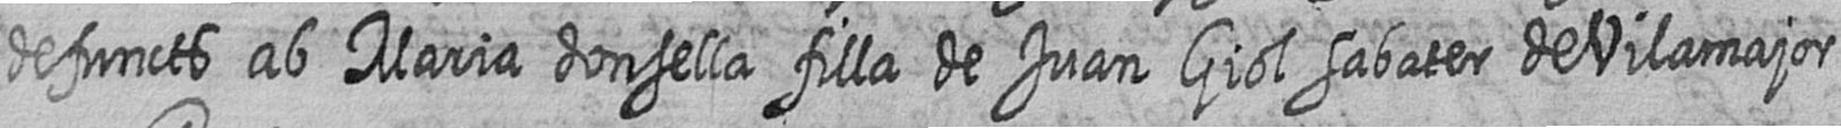
defuncts ab Maria donsella filla de Juan Giol sabater de Vilamajor